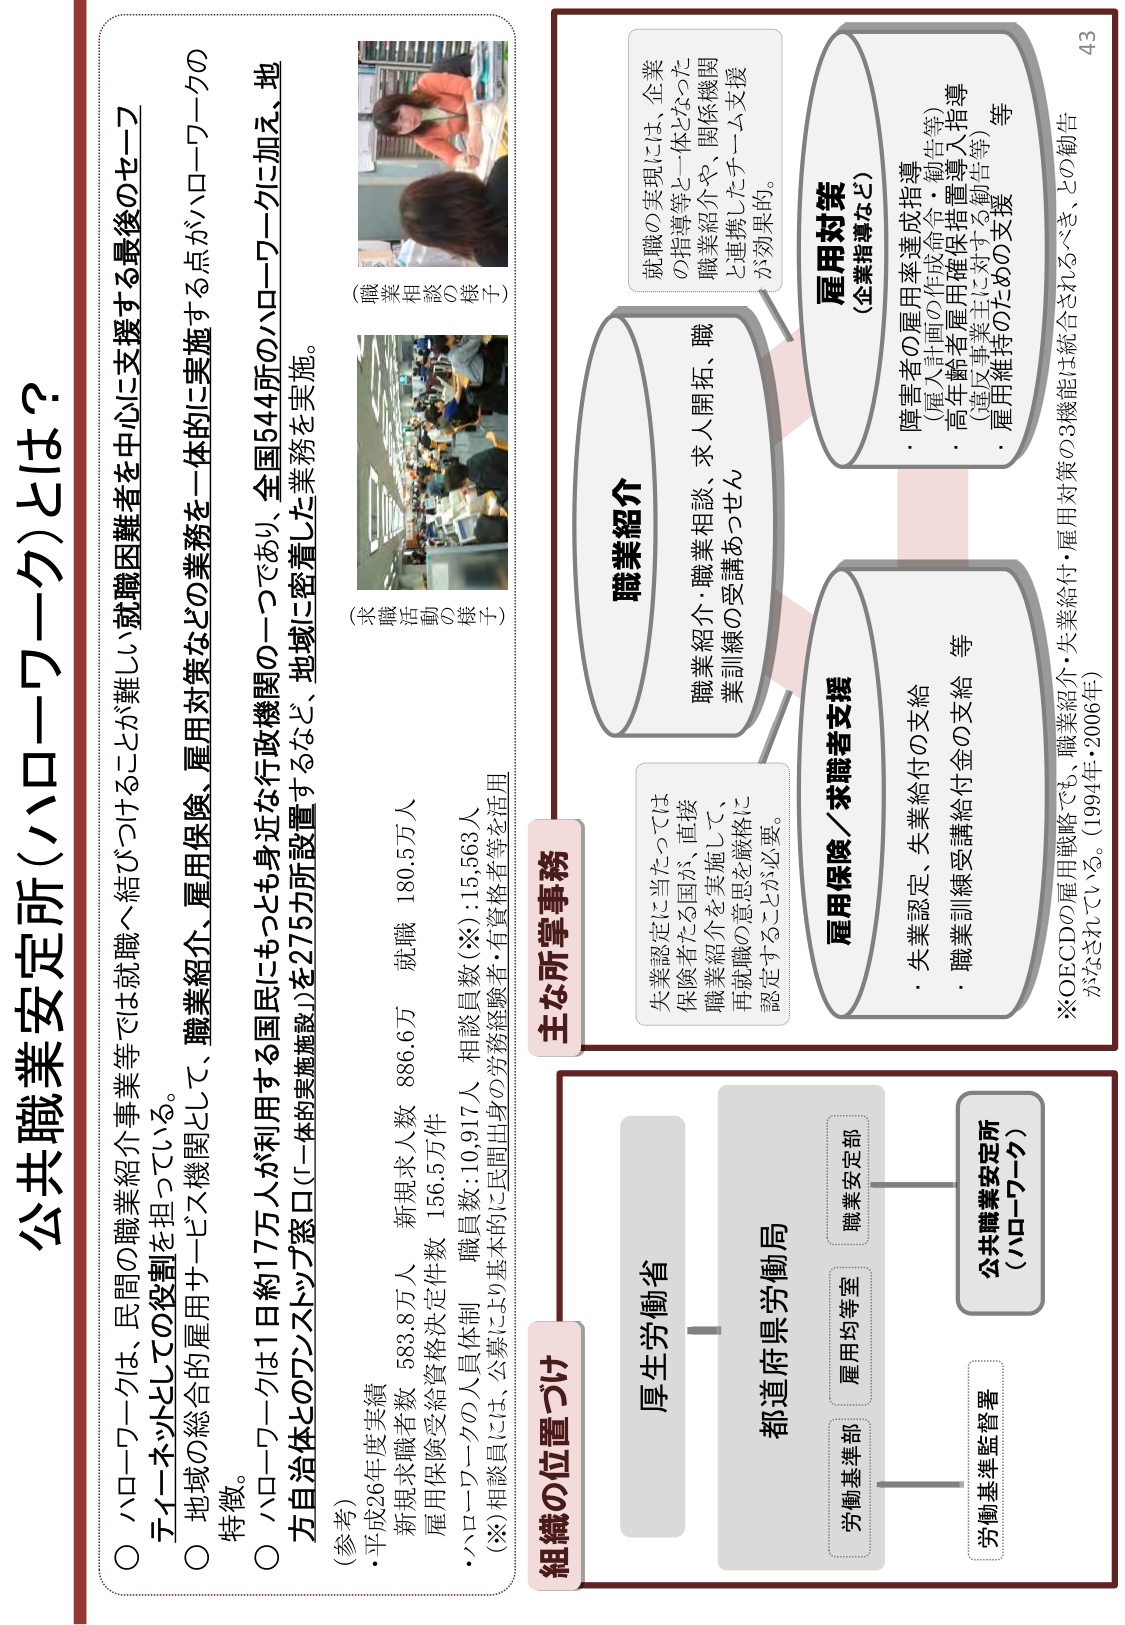
公共職業安定所（ハローワーク）とは？

○ ハローワークは、民間の職業紹介事業等では就職へ結びづけることが難しい就職困難者を中心に支援する最後のセーフティーネットとしての役割を担っている。

○ 地域の総合的雇用サービス機関として、職業紹介、雇用保険、雇用対策などの業務を一体的に実施する点がハローワークの特徴。

○ ハローワークは1日約17万人が利用する国民にもっとも身近な行政機関の一つであり、全国544所のハローワークに加え、地方自治体とのワンストップ窓口（一体的実施施設）を275カ所設置するなど、地域に密着した業務を実施。

（参考）
・平成26年度実績
　新規求職者数　583.8万人　新規求人数　886.6万　就職　180.5万人
　雇用保険受給資格決定件数　156.5万件
　職員数：10,917人　相談員数（※）：15,563人
・ハローワークの人員体制
（※）相談員には、公募により基本的に民間出身の労務経験者・有資格者等を活用

（職業相談の様子）
（求職活動の様子）

主な所掌事務

職業紹介
職業紹介・職業相談、求人開拓、職業訓練の受講あっせん

雇用保険／求職者支援
・失業認定、失業給付の支給
・職業訓練受講給付金の支給　等

雇用対策
（企業指導など）
・障害者の雇用率達成指導
　（雇入計画の作成命令・勧告等）
・高年齢者雇用確保措置導入指導
　（再就職支援等に対する勧告等）
・雇用維持のための支援　等

就職の実現には、企業の指導等と一体となった職業紹介や、関係機関と連携したチーム支援が効果的。

失業認定に当たっては保険者たる国が、直接職業紹介を実施して、再就職の意思を厳格に認定することが必要。

組織の位置づけ

厚生労働省
　　都道府県労働局
　　　　労働基準部
　　　　雇用均等室
　　　　職業安定部
　　　　労働基準監督署
　　　　　　公共職業安定所
　　　　　　（ハローワーク）

※OECDの雇用戦略でも、職業紹介・失業給付・雇用対策の3機能は統合されるべき、との勧告がなされている。（1994年・2006年）

43